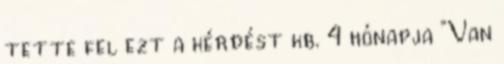
tette fel ezt a kérdést kb. 4 hónapja “Van